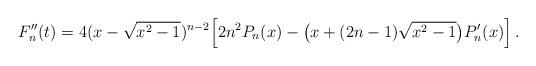
LaTeX: \begin{align*}F_n^{\prime\prime}(t)=4(x-\sqrt{x^2-1})^{n-2}\Big[2n^2P_n(x)-\big(x+(2n-1)\sqrt{x^2-1}\big)P_n^{\prime}(x)\Big]\,.\end{align*}